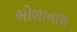
ભોળાનાથ